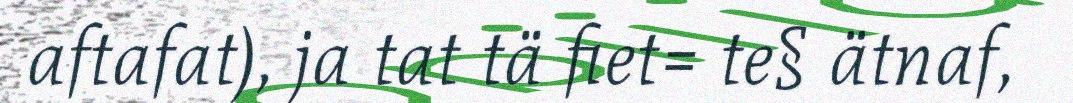
aftafat), ja tat tä fiet= te§ ätnaf,